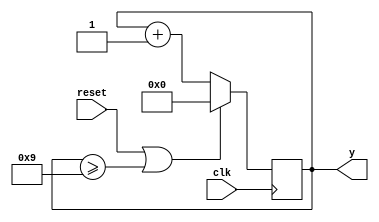
module bcd_counter(
  input clk,reset,
  output reg[3:0]y);
  
  always @(posedge clk) begin
    if(reset || (y>=9))
      y<=4'b0000;
  else
    y<=y+1;
  end
endmodule